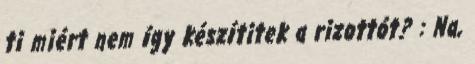
ti miért nem így készítitek a rizottót? : Na,